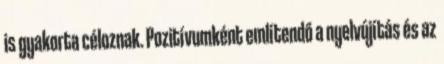
is gyakorta céloznak. Pozitívumként említendő a nyelvújítás és az